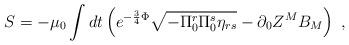
LaTeX: \begin{align*}S = -\mu_0 \int dt\left( e^{-{3 \over 4} \Phi }\sqrt{-\Pi _{0}^{r}\Pi _{0}^{s}\eta_{rs}}-\partial _{0}Z^{M}B_{M}\right) \; ,\end{align*}